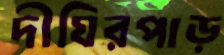
দীঘিরপাড়